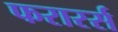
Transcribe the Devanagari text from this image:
फरारर्स